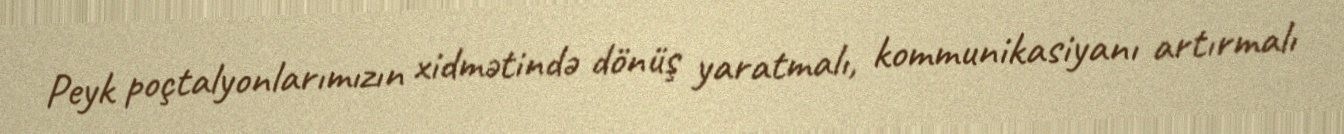
Peyk poçtalyonlarımızın xidmətində dönüş yaratmalı, kommunikasiyanı artırmalı